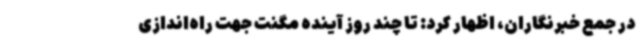
در جمع خبرنگاران، اظهار کرد: تا چند روز آینده مگنت جهت راه‌اندازی